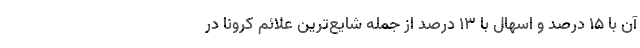
آن با ۱۵ درصد و اسهال با ۱۳ درصد از جمله شایع‌ترین علائم کرونا در